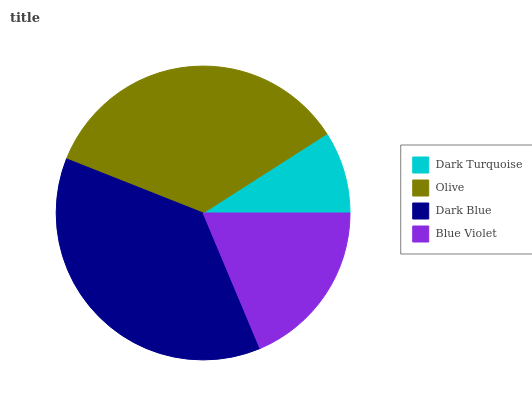
| Dark Turquoise | Olive | Dark Blue | Blue Violet |
 | --- | --- | --- | --- |
 | 9.05% | 35% | 37.4% | 18.6% |